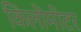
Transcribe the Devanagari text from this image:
किलॊमीटर